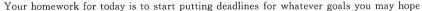
Your homework for today is to start putting deadlines for whatever goals you may hope